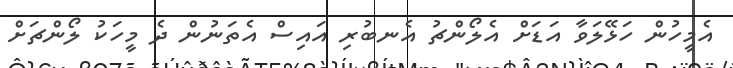
އެމީހުން ހަޅޭލަވާ އަޑަށް އެލޯންޗު އެނބުރި އައިސް އެތަނުން ދެ މީހަކު ލޯންޗަށް